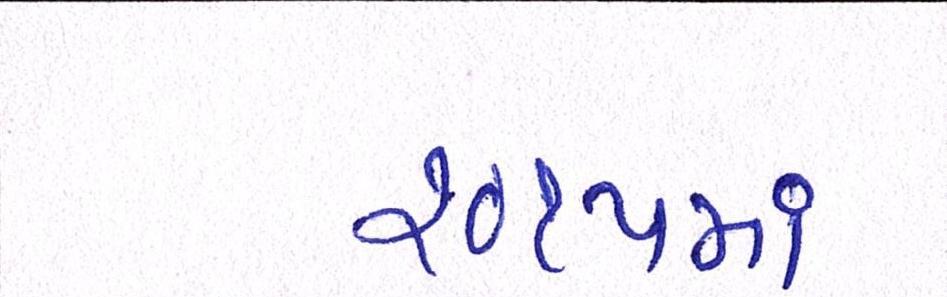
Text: ૨૦૧૫માં